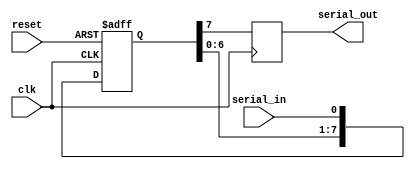
module siso_shift_register(
  input clk,
  input reset,
  input serial_in,
  output reg serial_out
);

reg [7:0] data;

always @(posedge clk or posedge reset) begin
  if(reset) begin
    data <= 8'b0;
  end else begin
    data <= {data[6:0], serial_in};
  end
end

always @(posedge clk) begin
  serial_out <= data[7];
end

endmodule